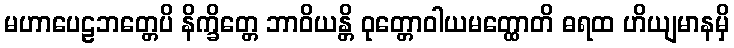
မဟာပေဠဘတ္တေပိ နိက္ခိတ္တေ ဘာဝိယန္တိ ဝုတ္တောဝါယမတ္ထောတိ ဓရထ ဟိယျမာနမှိ